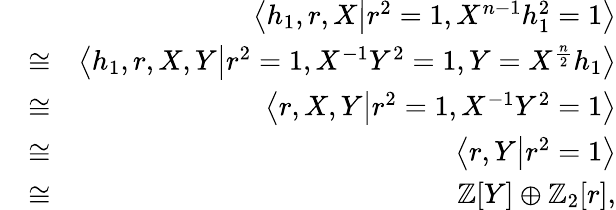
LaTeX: \begin{array}{rlr}&{}&{\left<h_{1},r,X\middle|r^{2}=1,X^{n-1}h_{1}^{2}=1\right>}\\ &{\cong}&{\left<h_{1},r,X,Y\middle|r^{2}=1,X^{-1}Y^{2}=1,Y=X^{\frac{n}{2}}h_{1}\right>}\\ &{\cong}&{\left<r,X,Y\middle|r^{2}=1,X^{-1}Y^{2}=1\right>}\\ &{\cong}&{\left<r,Y\middle|r^{2}=1\right>}\\ &{\cong}&{\mathbb{Z}[Y]\oplus\mathbb{Z}_{2}[r],}\end{array}